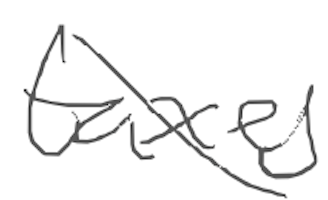
Text: taxes
Cross-out: diagonal
Writing tool: digital_gray